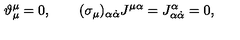
\vartheta _ { \mu } ^ { \mu } = 0 , \qquad ( \sigma _ { \mu } ) _ { \alpha \dot { \alpha } } J ^ { \mu \alpha } = J _ { \alpha \dot { \alpha } } ^ { \alpha } = 0 ,